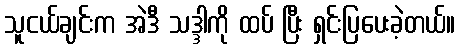
သူငယ်ချင်းက အဲဒီ သဒ္ဒါကို ထပ် ပြီး ရှင်းပြပေးခဲ့တယ်။